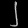
Digit: ၂